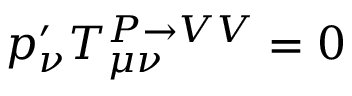
p _ { \nu } ^ { \prime } T _ { \mu \nu } ^ { P \rightarrow V V } = 0